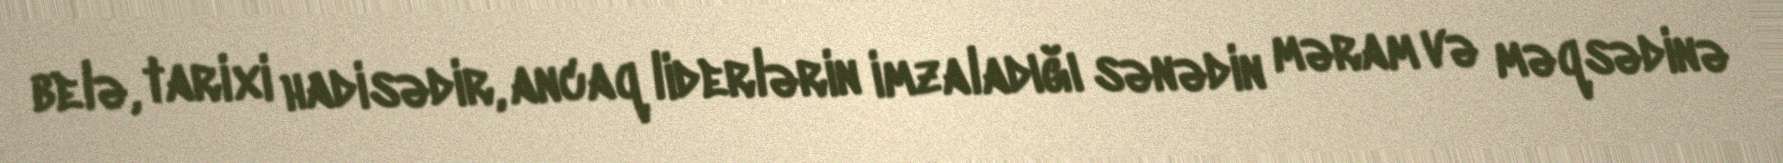
belə, tarixi hadisədir, ancaq liderlərin imzaladığı sənədin məram və məqsədinə